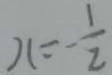
x = - \frac { 1 } { 2 }